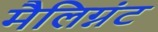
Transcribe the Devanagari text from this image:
मैलिग्नंट